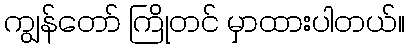
ကျွန်တော် ကြိုတင် မှာထားပါတယ်။